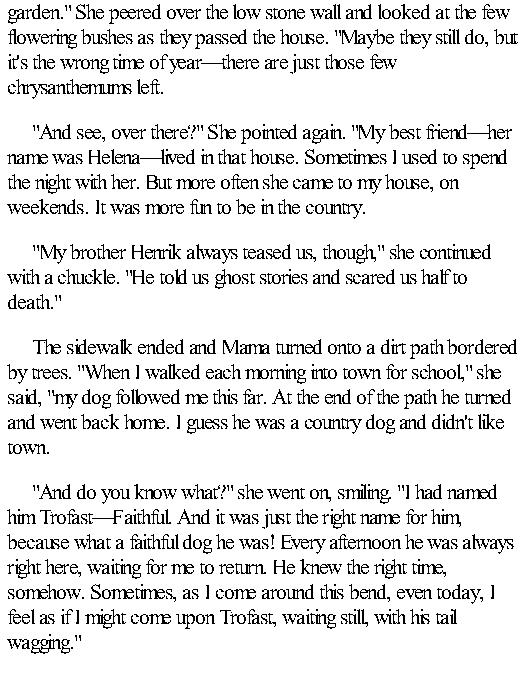
garden." She peered over the low stone wall and looked at the few
 flowering bushes as they passed the house. "Maybe they still do, but
 it's the wrong time of year—there are just those few
 chrysanthemums left.
 "And see, over there?" She pointed again. "My best friend—her
 name was Helena—lived in that house. Sometimes I used to spend
 the night with her. But more often she came to my house, on
 weekends. It was more fun to be in the country.
 "My brother Henrik always teased us, though," she continued
 with a chuckle. "He told us ghost stories and scared us half to
 death."
 The sidewalk ended and Mama turned onto a dirt path bordered
 by trees. "When I walked each morning into town for school," she
 said, "my dog followed me this far. At the end of the path he turned
 and went back home. I guess he was a country dog and didn't like
 town.
 "And do you know what?" she went on, smiling. "I had named
 him Trofast—Faithful. And it was just the right name for him,
 because what a faithful dog he was! Every afternoon he was always
 right here, waiting for me to return. He knew the right time,
 somehow. Sometimes, as I come around this bend, even today, I
 feel as if I might come upon Trofast, waiting still, with his tail
 wagging."